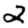
Digit: 2